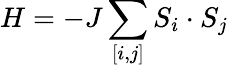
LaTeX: H=-J\sum_{[i,j]}S_{i}\cdot S_{j}